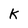
Character: k